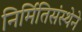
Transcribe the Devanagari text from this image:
निर्मितिसंस्थेने